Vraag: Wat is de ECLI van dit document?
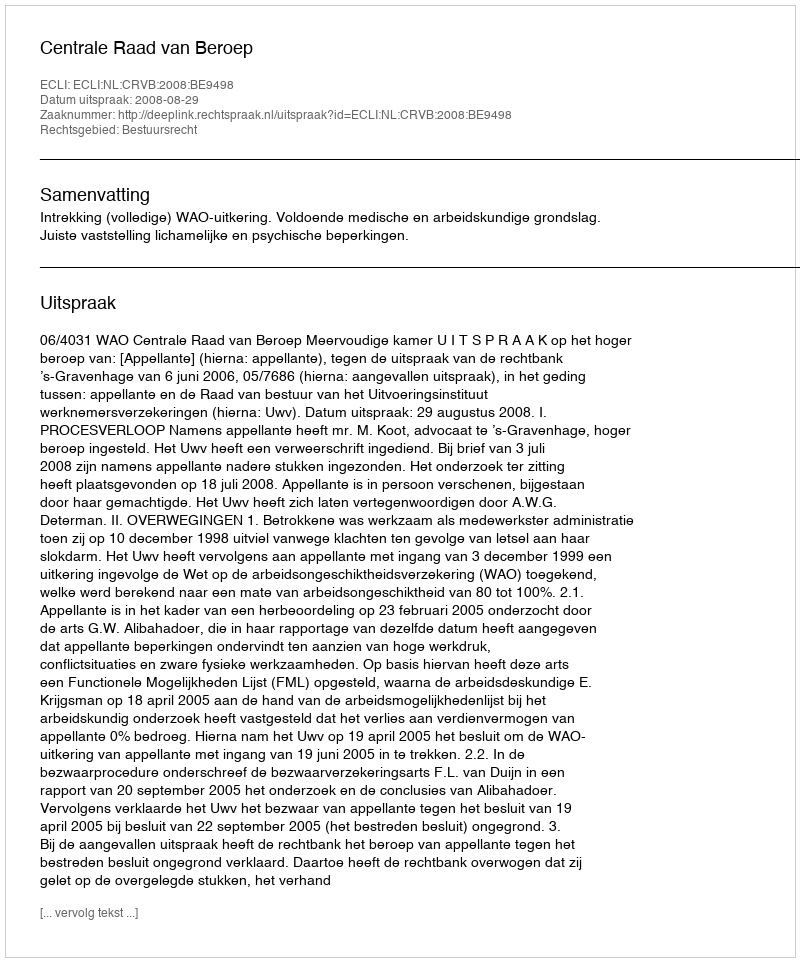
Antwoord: ECLI:NL:CRVB:2008:BE9498